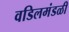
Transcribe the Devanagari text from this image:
वडिलमंडळी